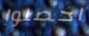
احصلوا